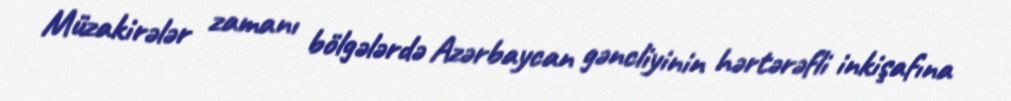
Müzakirələr zamanı bölgələrdə Azərbaycan gəncliyinin hərtərəfli inkişafına